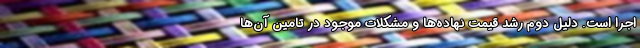
اجرا است. دلیل دوم رشد قیمت نهاده‌ها و مشکلات موجود در تامین آن‌ها